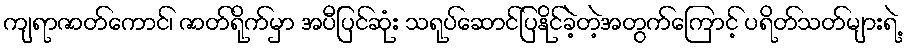
ကျရာဇာတ်ကောင်၊ ဇာတ်ရိုက်မှာ အပီပြင်ဆုံး သရုပ်ဆောင်ပြနိုင်ခဲ့တဲ့အတွက်ကြောင့် ပရိတ်သတ်များရဲ့